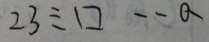
2 3 \div \square \cdot a